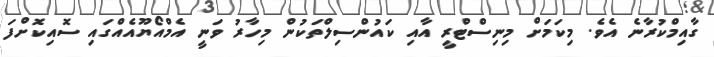
ގާއިމްކުރާނެ އެވެ. މިކަމަށް މިނިސްޓްރީ އާއި ކައުންސިލްތަކުން މިހާރު ވަނީ އެމްއޯޔޫއެއްގައި ސޮއިކޮށްފަ